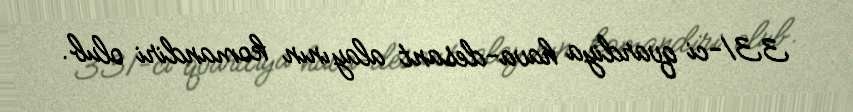
331-ci qvardiya hava-desant alayının komandiri olub.